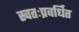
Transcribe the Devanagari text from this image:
स्वतःप्रवर्धित